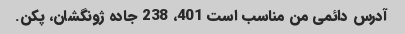
آدرس دائمی من مناسب است 401، 238 جاده ژونگشان، پکن.